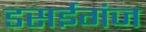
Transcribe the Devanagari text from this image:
डसईगंज